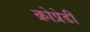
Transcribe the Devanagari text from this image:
क्रोप्रेडी